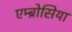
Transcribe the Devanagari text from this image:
एम्ब्रोसिया